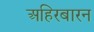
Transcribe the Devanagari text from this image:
अहिरबारन